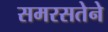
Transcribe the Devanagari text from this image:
समरसतेने